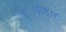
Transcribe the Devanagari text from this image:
ड््योहार